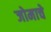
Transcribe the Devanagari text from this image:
जोमाचे